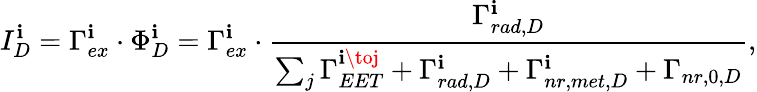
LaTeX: I_{D}^{\mathbf{i}}=\Gamma_{ex}^{\mathbf{i}}\cdot\Phi_{D}^{\mathbf{i}}=\Gamma_{ex}^{\mathbf{i}}\cdot\frac{{\Gamma_{rad,D}^{\mathbf{i}}}}{{\sum_{j}\Gamma_{EET}^{\mathbf{i}\toj}+\Gamma_{rad,D}^{\mathbf{i}}+\Gamma_{nr,met,D}^{\mathbf{i}}+\Gamma_{nr,0,D}}},